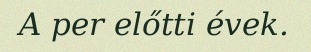
A per előtti évek.